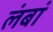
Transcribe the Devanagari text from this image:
लंबां